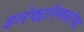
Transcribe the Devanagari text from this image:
इलेक्ट्रॉनकक्षांच्या